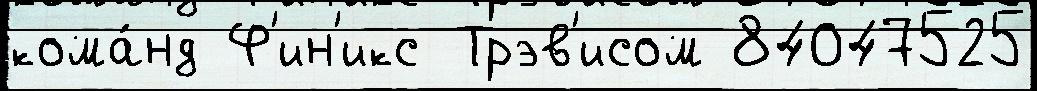
кома́нд Ф'ин'икс Трэв'исом 84047525